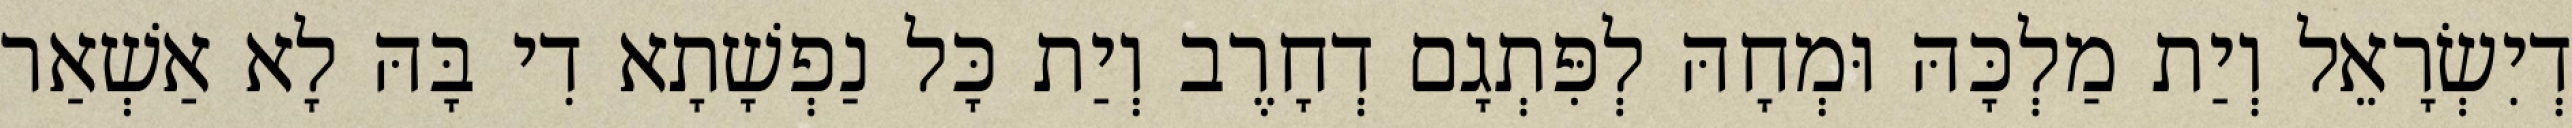
דְיִשְׂרָאֵל וְיַת מַלְכָּהּ וּמְחָהּ לְפִּתְגָם דְחָרֶב וְיַת כָּל נַפְשָׁתָא דִי בָּהּ לָא אַשְׁאַר